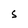
Character: S